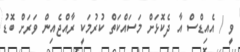
ވީ / އެއިޑްސް އާ ދެކޮޅަށް މަސައްކަތް ކުރުމަކީ ރާއްޖެއިން ވަރަށް ބޮޑު